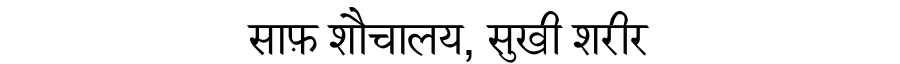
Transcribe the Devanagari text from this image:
साफ़ शौचालय, सुखी शरीर